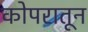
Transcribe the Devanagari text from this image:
कोपरातून